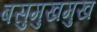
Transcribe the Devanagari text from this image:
बसुमुखमुख